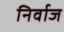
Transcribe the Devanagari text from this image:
निर्वाज